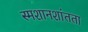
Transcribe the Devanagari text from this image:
स्मशानशांतता